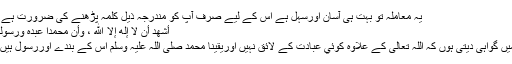
یہ معاملہ تو بہت ہی آسان اورسہل ہے اس کے لیے صرف آپ کو مندرجہ ذیل کلمہ پڑھنے کی ضرورت ہے :
أشهد أن لا إله إلا الله ، وأن محمداً عبده ورسوله
میں گواہی دیتی ہوں کہ اللہ تعالی کے علاوہ کوئي عبادت کے لائق نہيں اوریقینا محمد صلی اللہ علیہ وسلم اس کے بندے اوررسول ہيں ۔